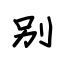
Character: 别